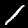
Digit: 1